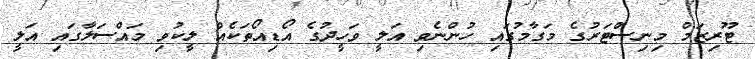
ޓޫރިޒަމް މިނިސްޓަރުގެ މަގާމުގައި ހުންނެވި އަލީ ވަހީދުގެ އޯޑިއޯތަކެއް ލީކުވި މައްސަލާގައި އަލީ